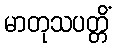
မာတုသပတ္တိံ